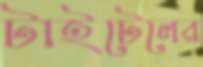
টাইটেলের